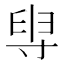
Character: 𡬯